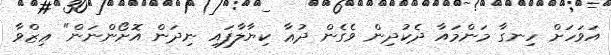
އަވަހަށް ހިނގާ މަންމައާ ދެކުދިން ވެގެން ދުޢާ ކިޔާލާފައި ނިދަން އޮށޯންނަން" ޢިޒްވާ